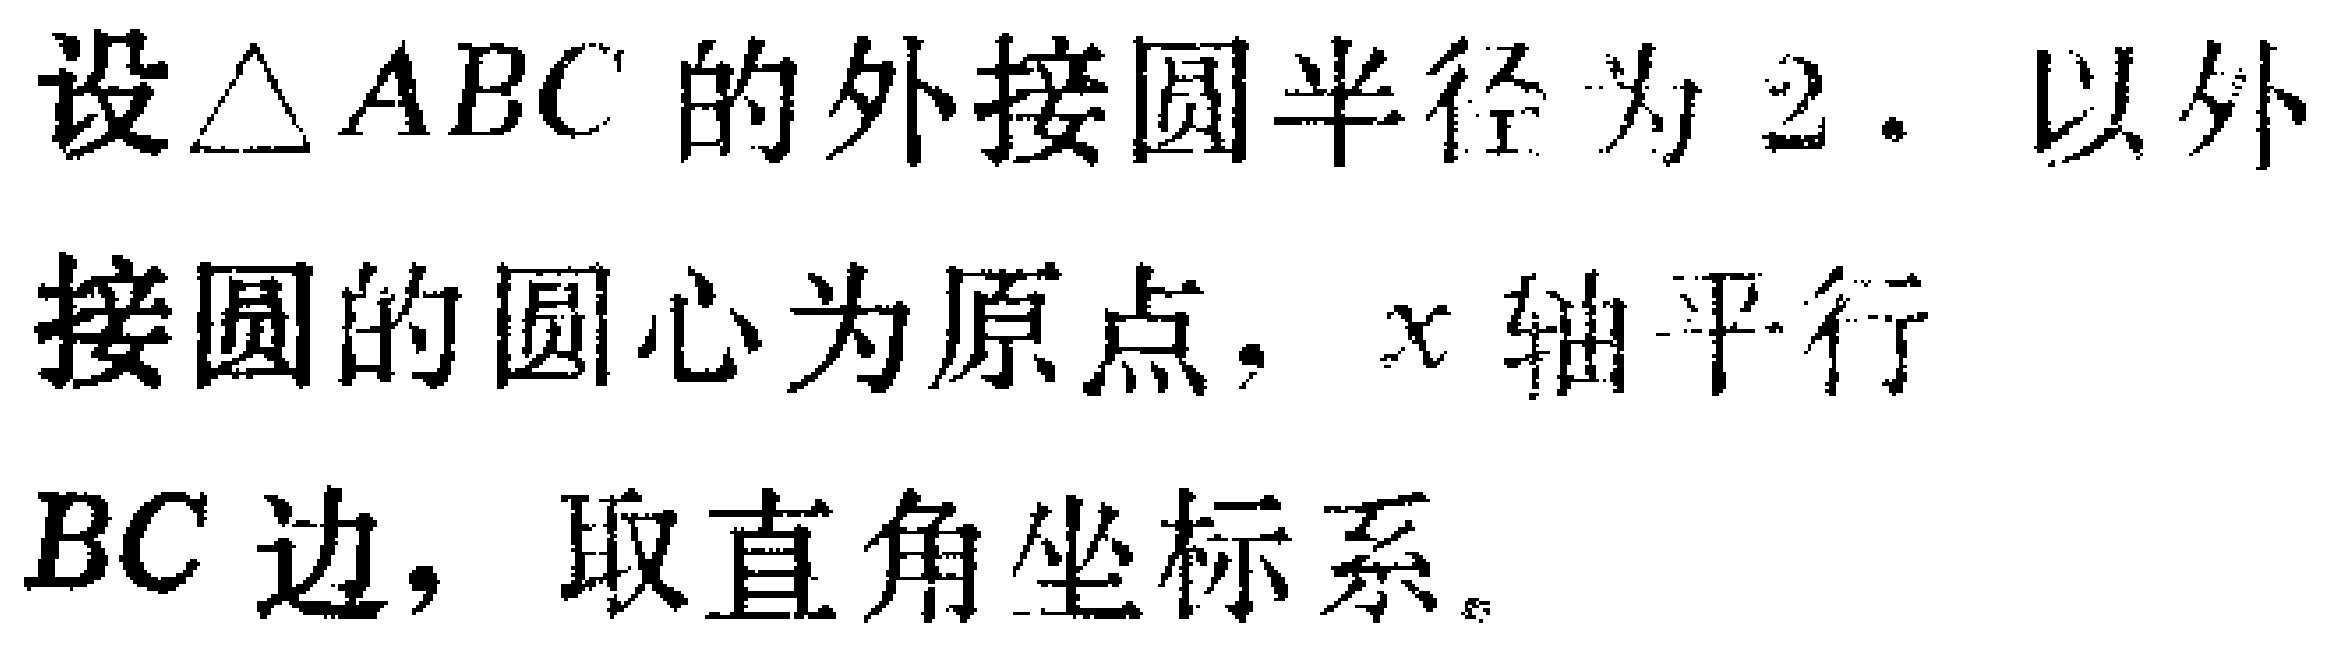
设$\triangle ABC$的外接圆半径为$2$. 以外接圆的圆心为原点，$x$轴平行$BC$边，取直角坐标系。